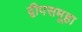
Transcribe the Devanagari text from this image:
द्वीपसमूहा